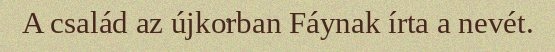
A család az újkorban Fáynak írta a nevét.